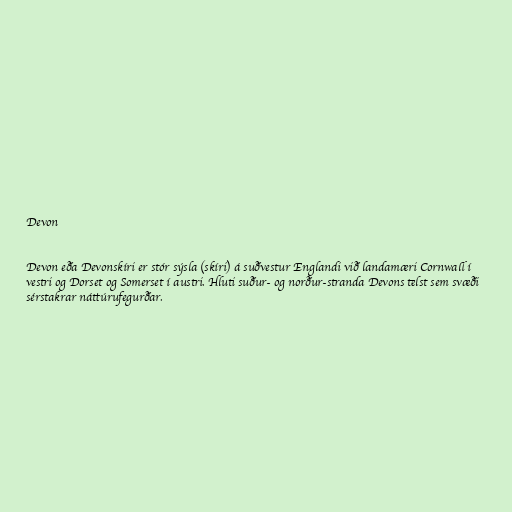
Devon

Devon eða Devonskíri er stór sýsla (skíri) á suðvestur Englandi við landamæri Cornwall í
vestri og Dorset og Somerset í austri. Hluti suður- og norður-stranda Devons telst sem svæði
sérstakrar náttúrufegurðar.